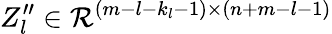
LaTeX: Z_{l}^{\prime\prime}\in\mathcal{R}^{(m-l-k_{l}-1)\times(n+m-l-1)}